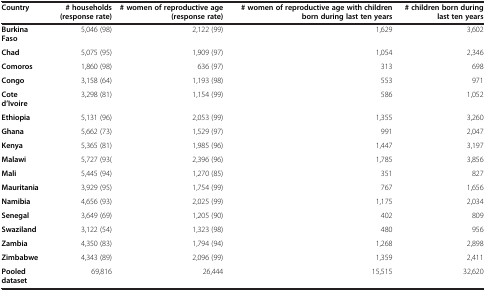
<table><thead><tr><td><b>Country</b></td><td><b># households (response rate)</b></td><td><b># women of reproductive age (response rate)</b></td><td><b># women of reproductive age with children born during last ten years</b></td><td><b># children born during last ten years</b></td></tr></thead><tbody><tr><td><b>Burkina Faso</b></td><td>5,046 (98)</td><td>2,122 (99)</td><td>1,629</td><td>3,602</td></tr><tr><td><b>Chad</b></td><td>5,075 (95)</td><td>1,909 (97)</td><td>1,054</td><td>2,346</td></tr><tr><td><b>Comoros</b></td><td>1,860 (98)</td><td>636 (97)</td><td>313</td><td>698</td></tr><tr><td><b>Congo</b></td><td>3,158 (64)</td><td>1,193 (98)</td><td>553</td><td>971</td></tr><tr><td><b>Cote d’Ivoire</b></td><td>3,298 (81)</td><td>1,154 (99)</td><td>586</td><td>1,052</td></tr><tr><td><b>Ethiopia</b></td><td>5,131 (96)</td><td>2,053 (99)</td><td>1,355</td><td>3,260</td></tr><tr><td><b>Ghana</b></td><td>5,662 (73)</td><td>1,529 (97)</td><td>991</td><td>2,047</td></tr><tr><td><b>Kenya</b></td><td>5,365 (81)</td><td>1,985 (96)</td><td>1,447</td><td>3,197</td></tr><tr><td><b>Malawi</b></td><td>5,727 (93(</td><td>2,396 (96)</td><td>1,785</td><td>3,856</td></tr><tr><td><b>Mali</b></td><td>5,445 (94)</td><td>1,270 (85)</td><td>351</td><td>827</td></tr><tr><td><b>Mauritania</b></td><td>3,929 (95)</td><td>1,754 (99)</td><td>767</td><td>1,656</td></tr><tr><td><b>Namibia</b></td><td>4,656 (93)</td><td>2,025 (99)</td><td>1,175</td><td>2,034</td></tr><tr><td><b>Senegal</b></td><td>3,649 (69)</td><td>1,205 (90)</td><td>402</td><td>809</td></tr><tr><td><b>Swaziland</b></td><td>3,122 (54)</td><td>1,323 (98)</td><td>480</td><td>956</td></tr><tr><td><b>Zambia</b></td><td>4,350 (83)</td><td>1,794 (94)</td><td>1,268</td><td>2,898</td></tr><tr><td><b>Zimbabwe</b></td><td>4,343 (89)</td><td>2,096 (99)</td><td>1,359</td><td>2,411</td></tr><tr><td><b>Pooled dataset</b></td><td>69,816</td><td>26,444</td><td>15,515</td><td>32,620</td></tr></tbody></table>